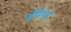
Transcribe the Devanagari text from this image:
ईपेपर